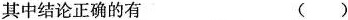
其中结论正确的有 ()